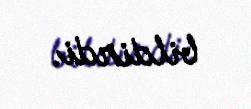
bildirdi.